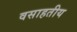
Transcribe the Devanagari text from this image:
वसाहतीय